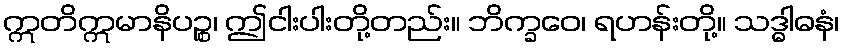
ဣတိဣမာနိပဉ္စ၊ ဤငါးပါးတို့တည်း။ ဘိက္ခဝေ၊ ရဟန်းတို့။ သဒ္ဓါဓနံ၊